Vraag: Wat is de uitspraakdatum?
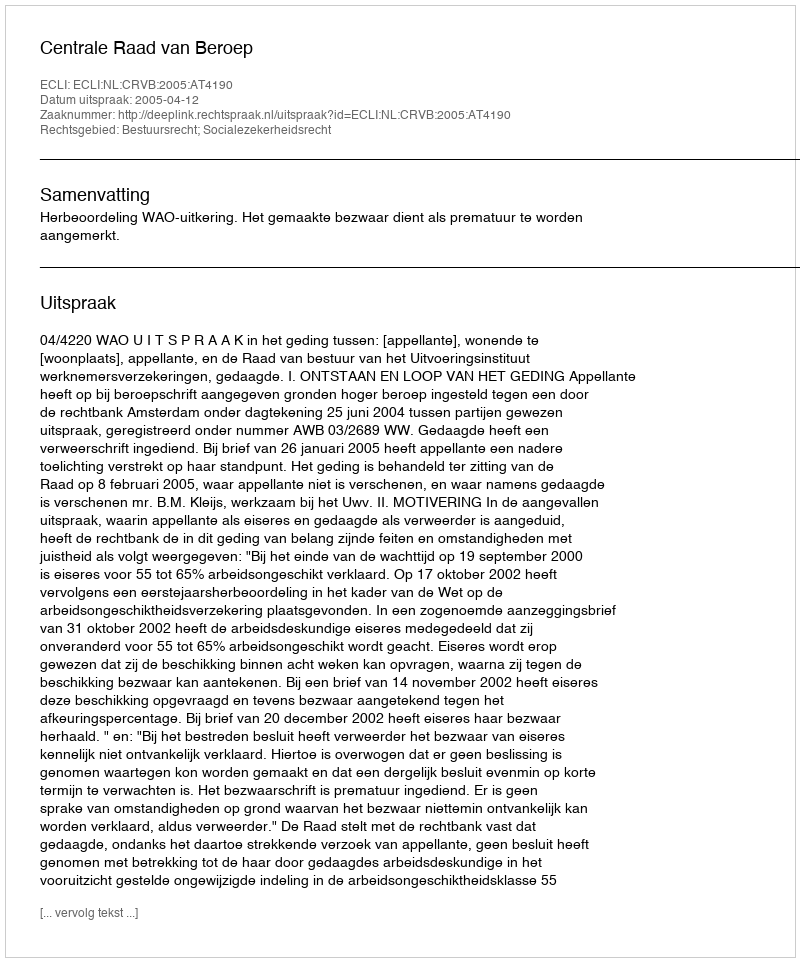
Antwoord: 2005-04-12